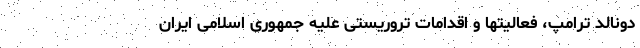
دونالد ترامپ، فعالیتها و اقدامات تروریستی علیه جمهوری اسلامی ایران